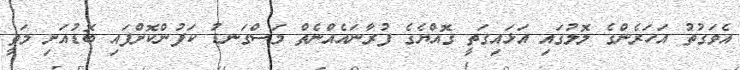
އެވަގުތު އަހަރެންގެ ލޮލުގައި އަޅައިގަތީ ގޮއްޔެގެ ފުރާނައެއްނެތް މަސްގަނޑު ކަފުންކޮށްފައި ބޮޑުއަށި މަތީ